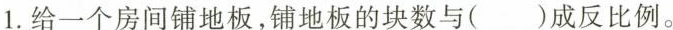
1.给一个房间铺地板，铺地板的块数与()成反比例。